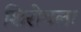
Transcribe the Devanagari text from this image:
शिरोवला